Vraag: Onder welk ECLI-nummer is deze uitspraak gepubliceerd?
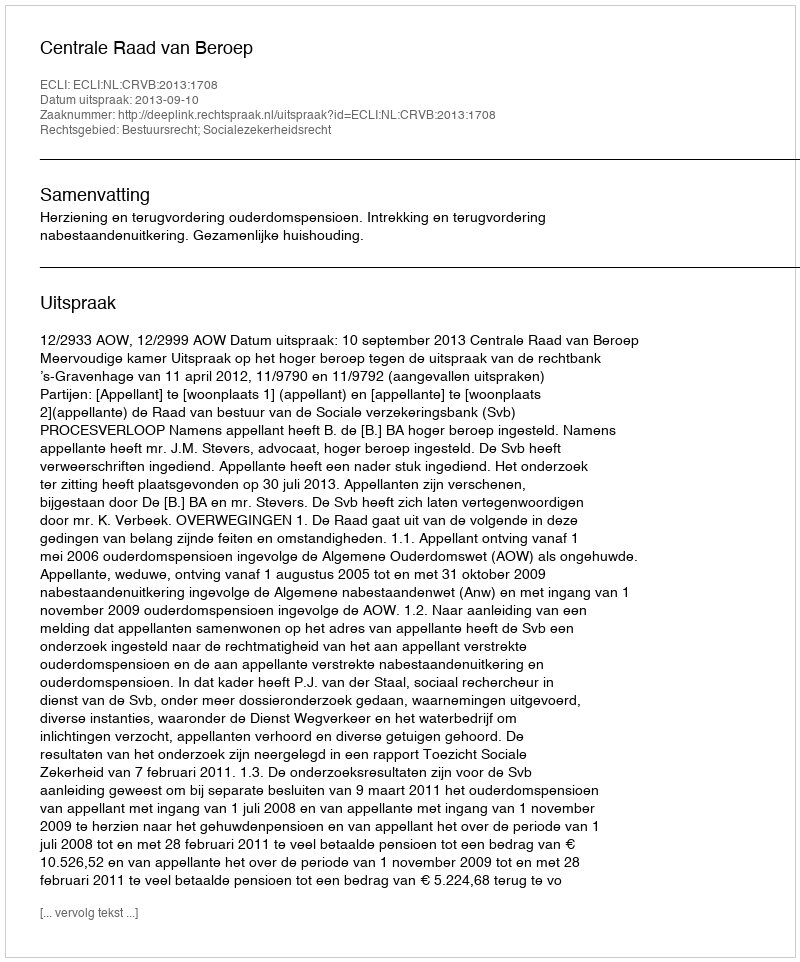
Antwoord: ECLI:NL:CRVB:2013:1708